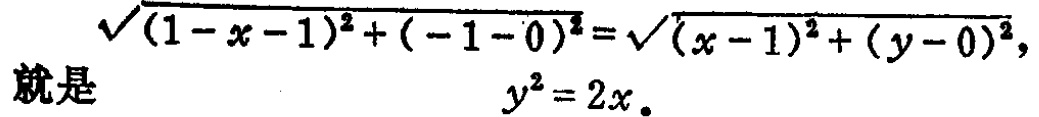
\[\sqrt{(1 - x - 1)^2 + (-1 - 0)^2} = \sqrt{(x - 1)^2 + (y - 0)^2},\]
就是
\[y^{2}=2x.\]